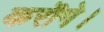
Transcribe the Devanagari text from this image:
करॊगे।